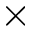
\times